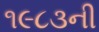
૧૯૮૩ની